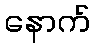
နောက်